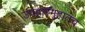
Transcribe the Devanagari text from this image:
उपहारगृहातच